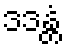
ဒဒန္တံ